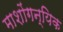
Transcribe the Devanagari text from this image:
माशोंगन्यिक